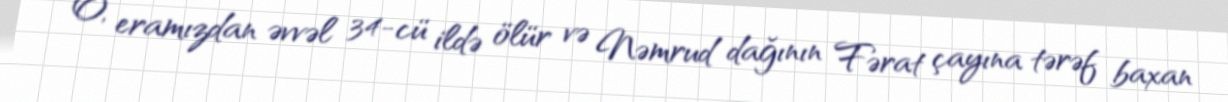
O, eramızdan əvvəl 34-cü ildə ölür və Nəmrud dağının Fərat çayına tərəf baxan